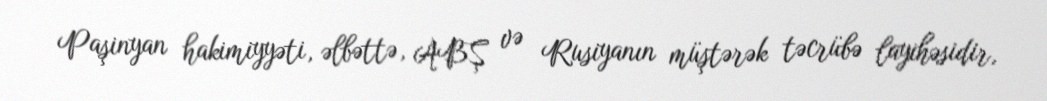
Paşinyan hakimiyyəti, əlbəttə, ABŞ və Rusiyanın müştərək təcrübə layihəsidir,